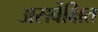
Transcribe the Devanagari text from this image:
असर्वेक्षित